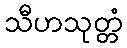
သီဟသုတ္တံ